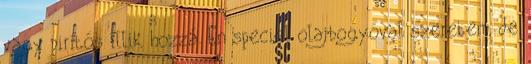
vagy pirítós illik hozzá. Én speciel olajbogyóval szeretem, de